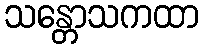
သန္တောသကထာ